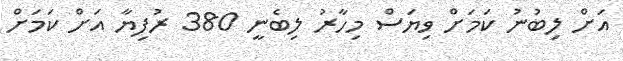
އަށް ލިބުނު ކަމަށް ވިޔަސް މިހާރު ލިބެނީ 380 ރުފިޔާ އަށް ކަމަށް